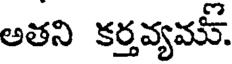
అతని కర్తవ్యమ్.